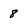
Character: 8